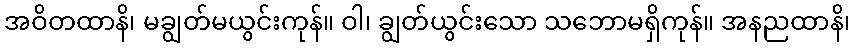
အဝိတထာနိ၊ မချွတ်မယွင်းကုန်။ ဝါ၊ ချွတ်ယွင်းသော သဘောမရှိကုန်။ အနညထာနိ၊